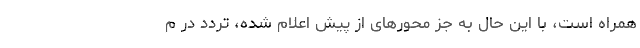
همراه است، ‌با این حال به جز محورهای از پیش اعلام شده،‌ تردد در م